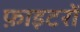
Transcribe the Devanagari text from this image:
फ़ाइटरों